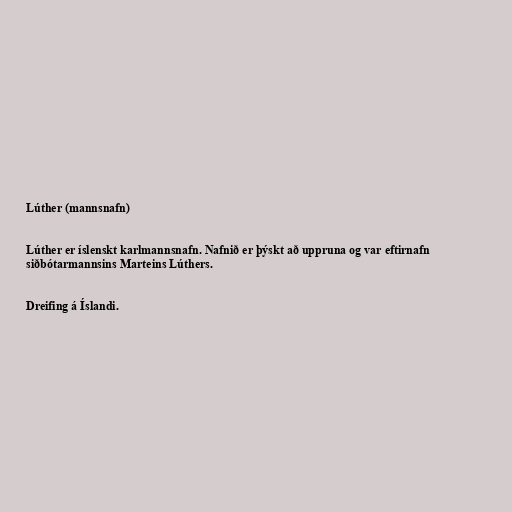
Lúther (mannsnafn)

Lúther er íslenskt karlmannsnafn. Nafnið er þýskt að uppruna og var eftirnafn
siðbótarmannsins Marteins Lúthers.

Dreifing á Íslandi.